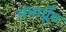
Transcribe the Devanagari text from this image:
अंधाधूँध